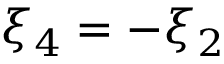
\xi _ { 4 } = - \xi _ { 2 }